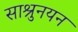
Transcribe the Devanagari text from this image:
साश्रुनयन